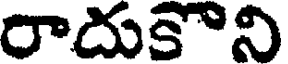
రాదుకొని